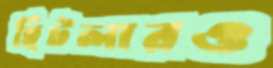
হিটলারও